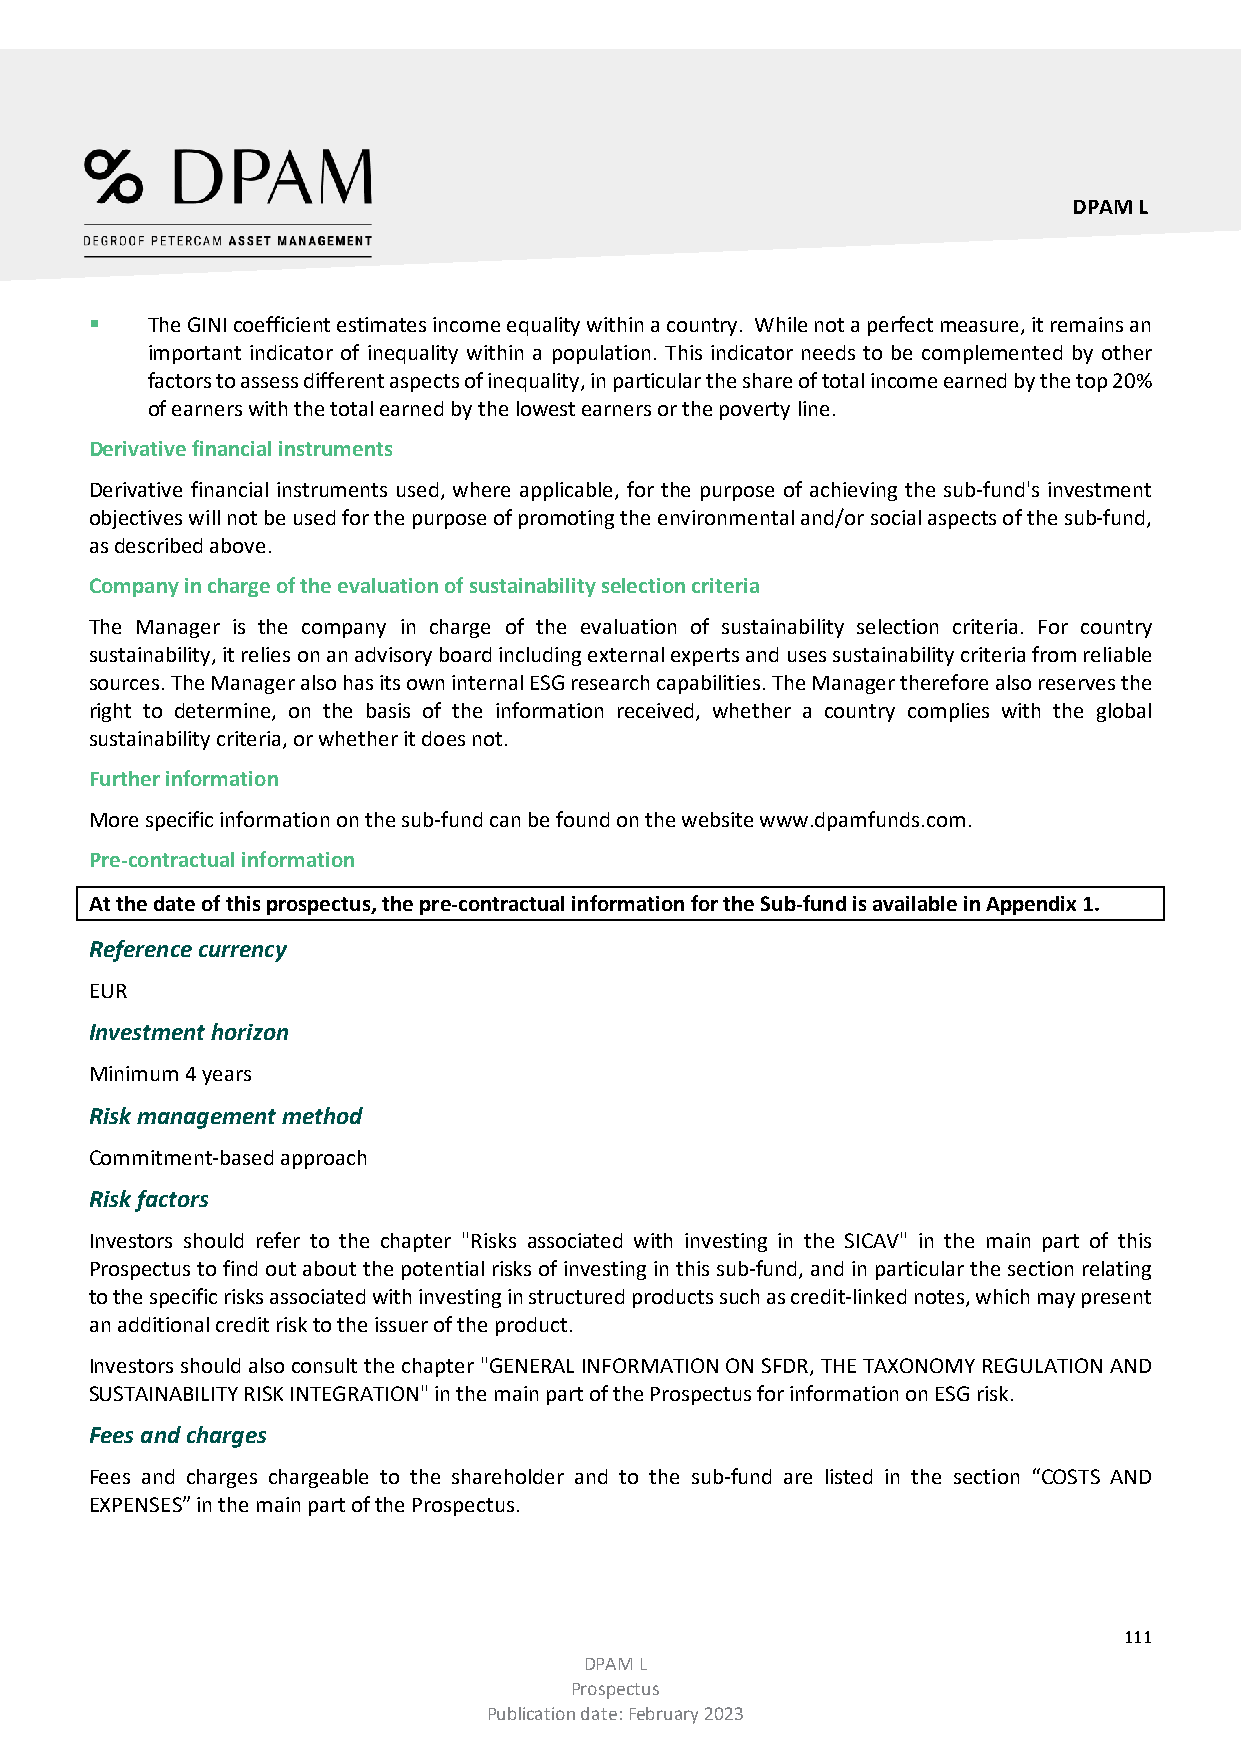
DPAM L
    The GINI coefficient estimates income equality within a country. While not a perfect measure, it remains an
 important indicator of inequality within a population. This indicator needs to be complemented by other
 factors to assess different aspects of inequality, in particular the share of total income earned by the top 20%
 of earners with the total earned by the lowest earners or the poverty line.
 Derivative financial instruments
 Derivative financial instruments used, where applicable, for the purpose of achieving the sub-fund's investment
 objectives will not be used for the purpose of promoting the environmental and/or social aspects of the sub-fund,
 as described above.
 Company in charge of the evaluation of sustainability selection criteria
 The Manager is the company in charge of the evaluation of sustainability selection criteria. For country
 sustainability, it relies on an advisory board including external experts and uses sustainability criteria from reliable
 sources. The Manager also has its own internal ESG research capabilities. The Manager therefore also reserves the
 right to determine, on the basis of the information received, whether a country complies with the global
 sustainability criteria, or whether it does not.
 Further information
 More specific information on the sub-fund can be found on the website www.dpamfunds.com.
 Pre-contractual information
 At the date of this prospectus, the pre-contractual information for the Sub-fund is available in Appendix 1.
 Reference currency
 EUR
 Investment horizon
 Minimum 4 years
 Risk management method
 Commitment-based approach
 Risk factors
 Investors should refer to the chapter "Risks associated with investing in the SICAV" in the main part of this
 Prospectus to find out about the potential risks of investing in this sub-fund, and in particular the section relating
 to the specific risks associated with investing in structured products such as credit-linked notes, which may present
 an additional credit risk to the issuer of the product.
 Investors should also consult the chapter "GENERAL INFORMATION ON SFDR, THE TAXONOMY REGULATION AND
 SUSTAINABILITY RISK INTEGRATION" in the main part of the Prospectus for information on ESG risk.
 Fees and charges
 Fees and charges chargeable to the shareholder and to the sub-fund are listed in the section “COSTS AND
 EXPENSES” in the main part of the Prospectus.
 111
 DPAM L
 Prospectus
 Publication date: February 2023